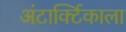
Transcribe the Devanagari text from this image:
अंटार्क्टिकाला